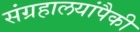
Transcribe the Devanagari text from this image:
संग्रहालयांपैकी